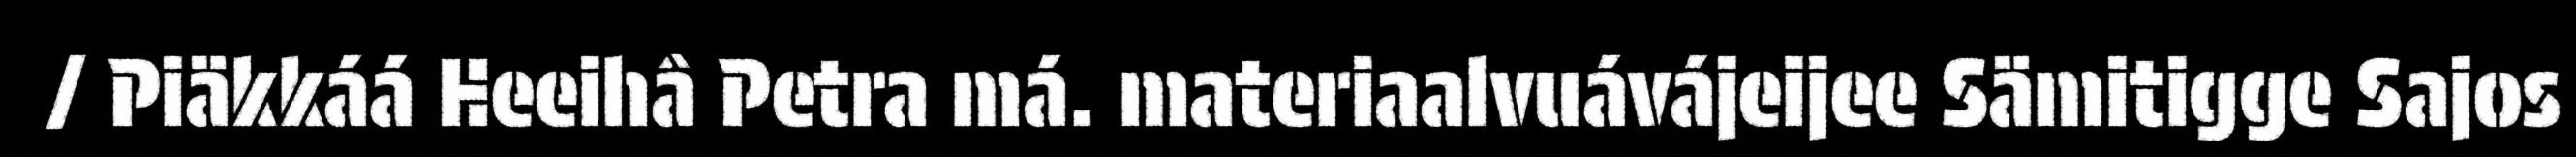
/ Piäkkáá Heeihâ Petra má. materiaalvuávájeijee Sämitigge Sajos